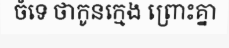
ចំទេ ថាកូនក្មេង ព្រោះគ្នា